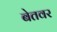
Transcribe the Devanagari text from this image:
बेतवर